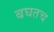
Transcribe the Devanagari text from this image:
बघतच